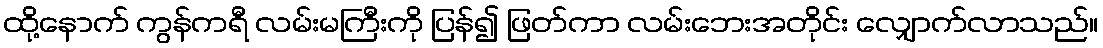
ထို့နောက် ကွန်ကရီ လမ်းမကြီးကို ပြန်၍ ဖြတ်ကာ လမ်းဘေးအတိုင်း လျှောက်လာသည်။